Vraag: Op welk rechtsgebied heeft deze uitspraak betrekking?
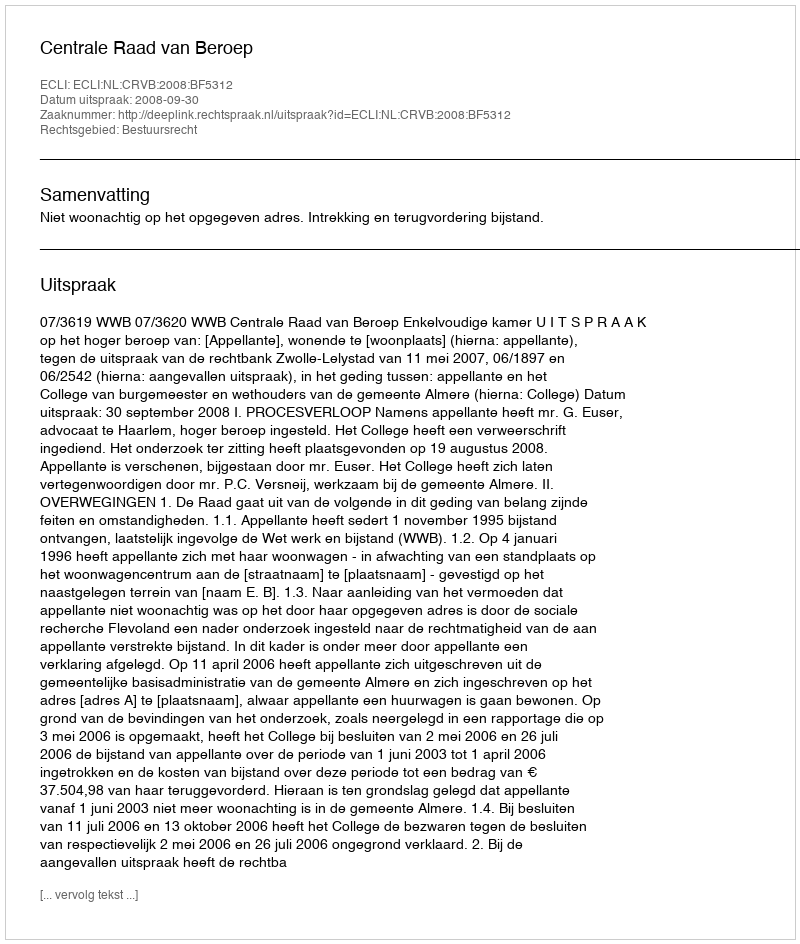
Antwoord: Bestuursrecht